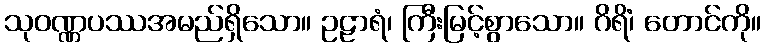
သုဝဏ္ဏပဿအမည်ရှိသော။ ဥဠာရံ၊ ကြီးမြင့်စွာသော။ ဂိရိံ၊ တောင်ကို။